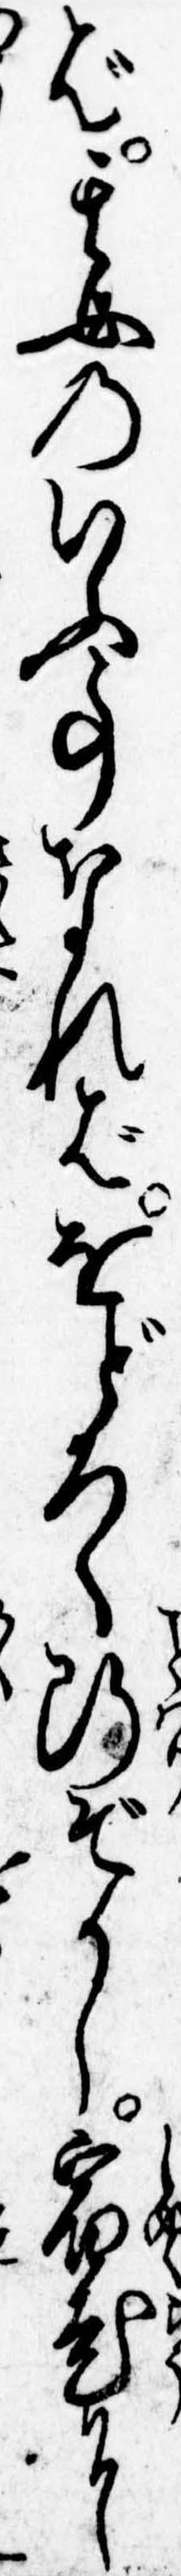
ば其女のいふ事なればをどろく断ぞかし宿老に